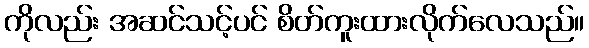
ကိုလည်း အဆင်သင့်ပင် စိတ်ကူးထားလိုက်လေသည်။